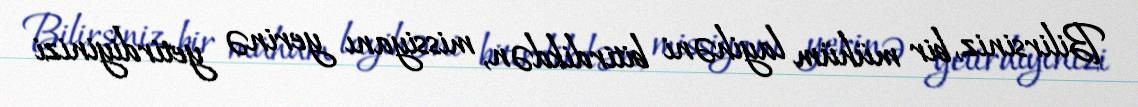
Bilirsiniz, bir mühüm layihəni bitirdikdən, missiyanı yerinə yetirdiyinizi